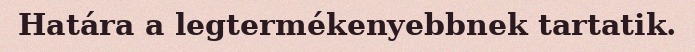
Határa a legtermékenyebbnek tartatik.